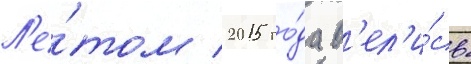
Л'е́том 2015 го́да в'ел'и́сь